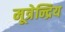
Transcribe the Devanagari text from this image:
मूत्रेन्द्रिय